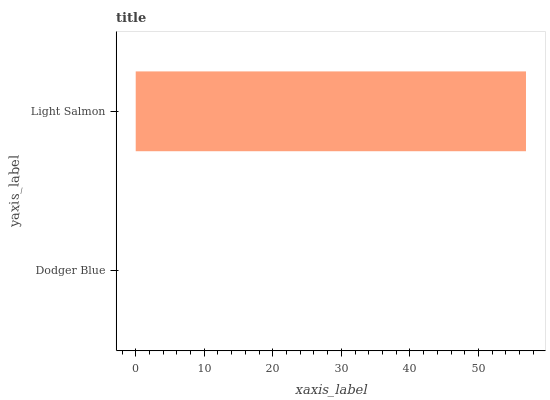
| yaxis_label | bars |
 | --- | --- |
 | Dodger Blue | 0 |
 | Light Salmon | 56.9 |